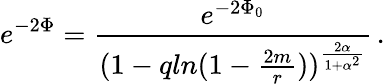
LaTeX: e^{-2\Phi}={\frac{e^{-2\Phi_{0}}}{(1-qln(1-{\frac{2m}{r}}))^{\frac{2\alpha}{1+\alpha^{2}}}}}\, .